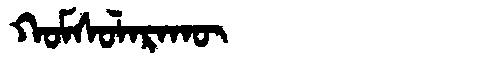
Manchu: ᡴᠣᠮᠰᠣᠯᠠᡵᠠᡴᡡ
Romanization: KOMSOLARAKŪ